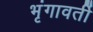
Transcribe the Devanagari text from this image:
भृंगावर्ती